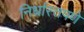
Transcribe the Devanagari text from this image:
निर्धास्तपणे